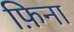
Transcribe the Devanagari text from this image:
फ़िना